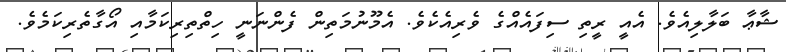
ޝާޢާ ބަލާލިއެވެ. އެއީ ރީތި ސިފައެއްގެ ވެރިއެކެވެ. އެމޫނުމަތިން ފެންނަނީ ހިތްތިރިކަމާއި އޯގާތެރިކަމެވެ.